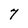
Character: 7